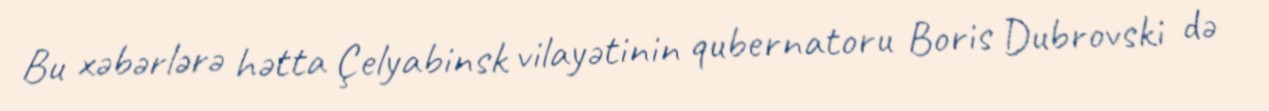
Bu xəbərlərə hətta Çelyabinsk vilayətinin qubernatoru Boris Dubrovski də